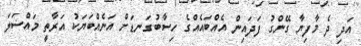
އަދި ދެ މާފިޔާ ގޭންގު ފަދައިން އެއްބައެއްގެ ހިސާބުގަނޑަށް އަނެއްބަޔަކު އަރާތީ މައްސަލަ